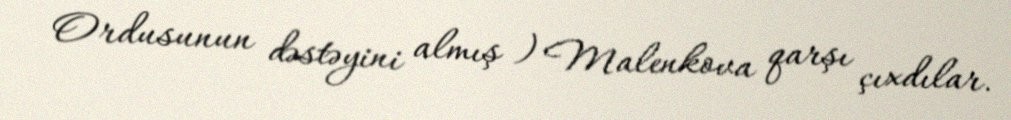
Ordusunun dəstəyini almış ) Malenkova qarşı çıxdılar.